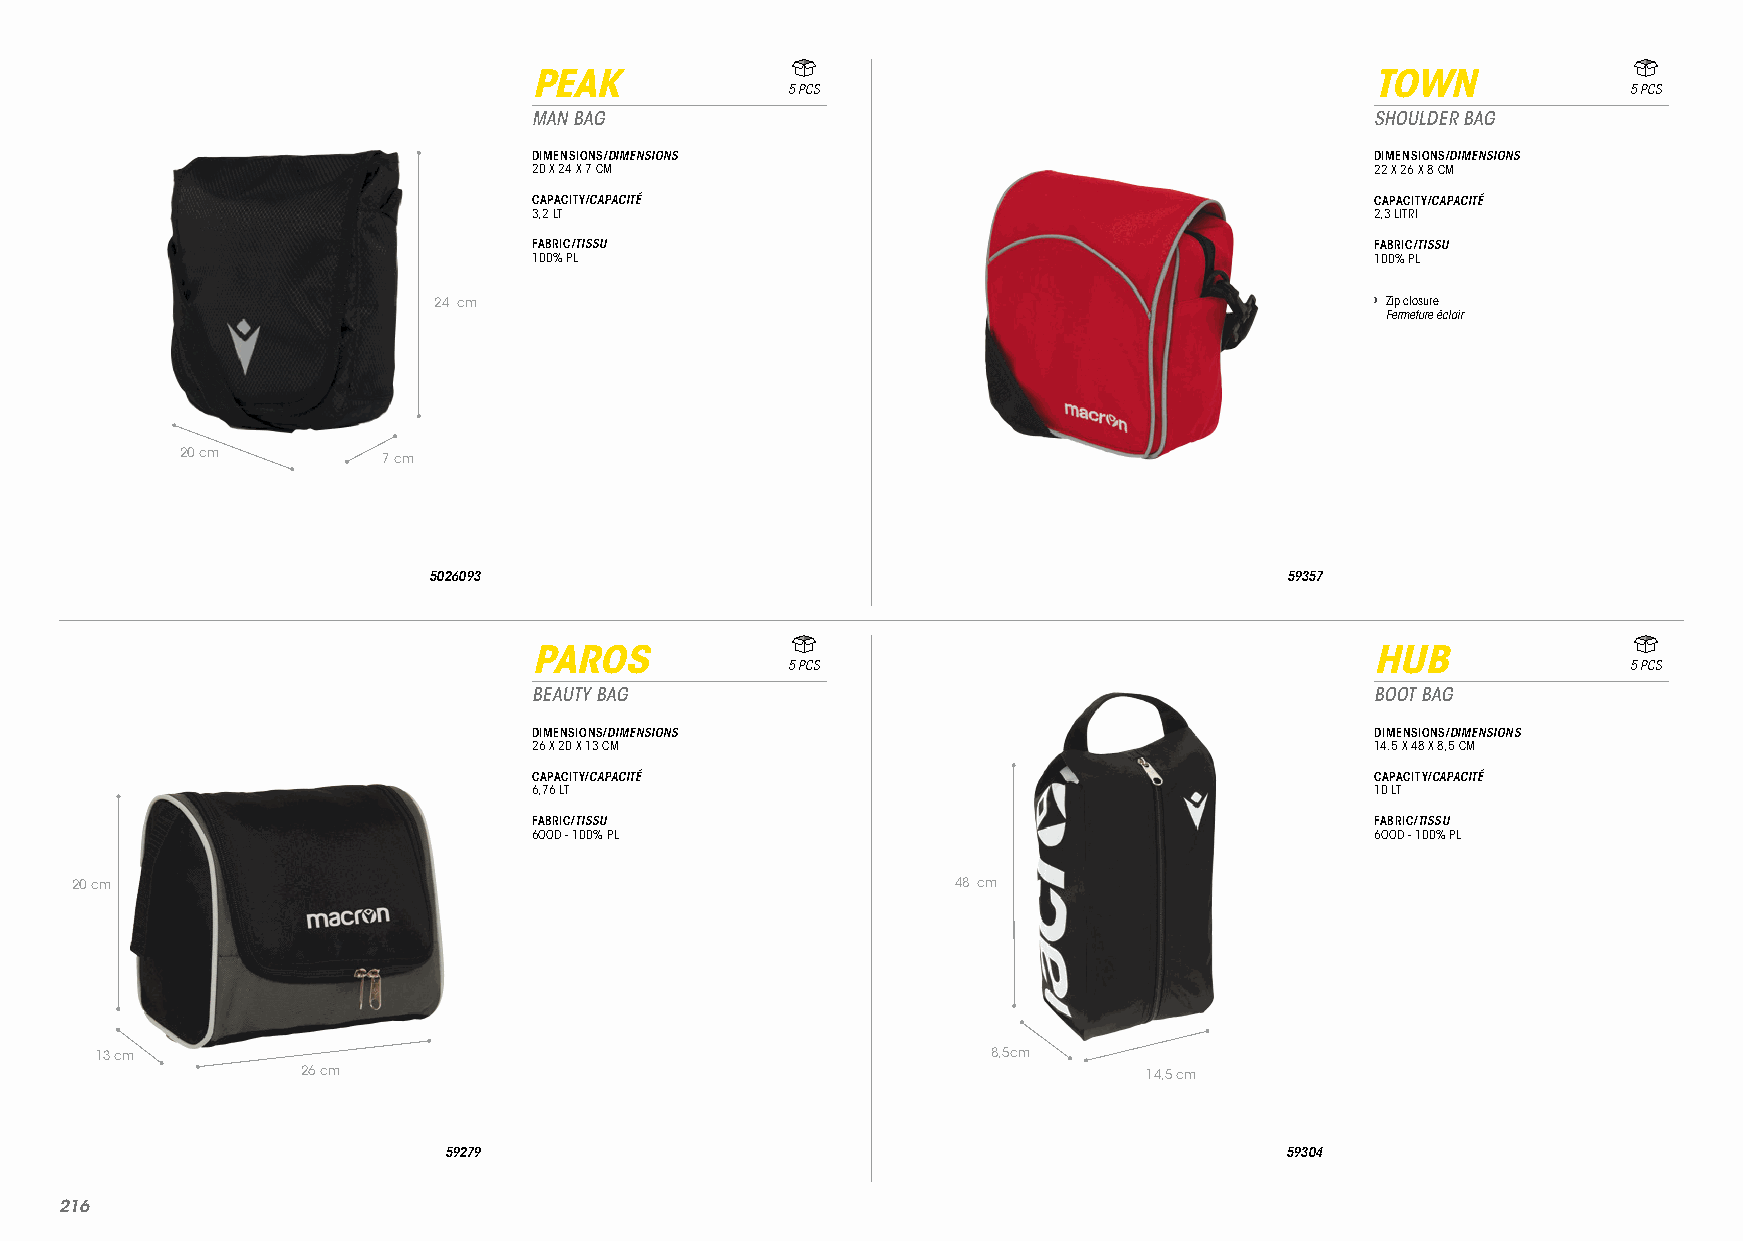
PEAK                                                    TOWN
 5 PCS                                                   5 PCS
 MAN BAG                                                 SHOULDER BAG
 DIMENSIONS/DIMENSIONS                                   DIMENSIONS/DIMENSIONS
 20 X 24 X 7 CM                                          22 X 26 X 8 CM
 CAPACITY/CAPACITÉ                                       CAPACITY/CAPACITÉ
 3,2 LT                                                  2,3 LITRI
 FABRIC/TISSU                                            FABRIC/TISSU
 100% PL                                                 100% PL
 24 cm                                                         › Zip closure
 Fermeture éclair
 20 cm        7 cm
 5026093                                                  59357
 PAROS                                                   HUB
 5 PCS                                                   5 PCS
 BEAUTY BAG                                              BOOT BAG
 DIMENSIONS/DIMENSIONS                                   DIMENSIONS/DIMENSIONS
 26 X 20 X 13 CM                                         14.5 X 48 X 8,5 CM
 CAPACITY/CAPACITÉ                                       CAPACITY/CAPACITÉ
 6,76 LT                                                 10 LT
 FABRIC/TISSU                                            FABRIC/TISSU
 6OOD - 100% PL                                          6OOD - 100% PL
 20 cm                                                     48 cm
 13 cm                                                       8,5cm
 26 cm                                                   14,5 cm
 59279                                                   59304
 221166